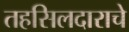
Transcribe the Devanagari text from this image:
तहसिलदाराचे